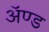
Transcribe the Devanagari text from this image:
ॲण्‍ड